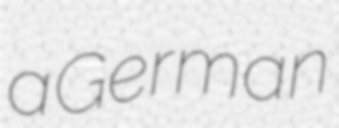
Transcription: a German